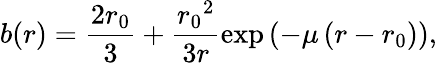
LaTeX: b(r)=\frac{2r_{0}}{3}+\frac{{r_{0}}^{2}}{3r}{\exp\left(-\mu\left(r-r_{0}\right)\right)},